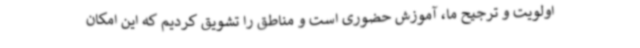
اولویت و ترجیح ما، آموزش حضوری است و مناطق را تشویق کردیم که این امکان